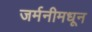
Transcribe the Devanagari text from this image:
जर्मनीमधून